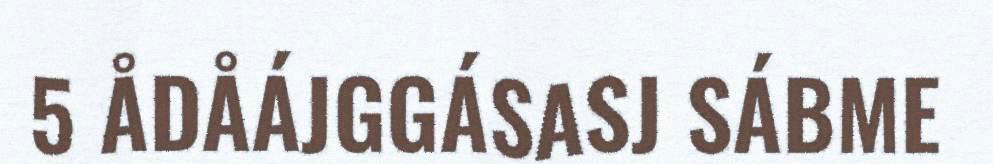
5 ÅDÅÁJGGÁSASJ SÁBME